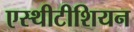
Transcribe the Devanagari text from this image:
एस्थीटीशियन